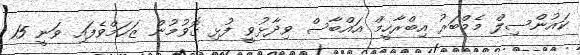
ކައުންސިލް މެމްބަރު އިބްރާހީމް އައްބާސް ވިދާޅުވީ ފުޅި ގޮވުމުން ޒަހަމްވެފައި ވަނީ 15